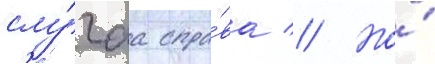
слу́чаа спра́ва // Но́